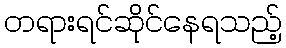
တရားရင်ဆိုင်နေရသည့်